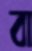
বা